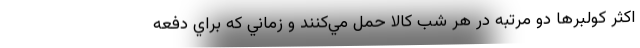
اكثر كولبرها دو مرتبه در هر شب كالا حمل مي‌كنند و زماني كه براي دفعه